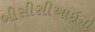
બીસીસીઆઇનો